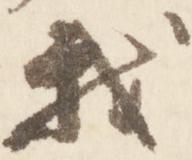
我